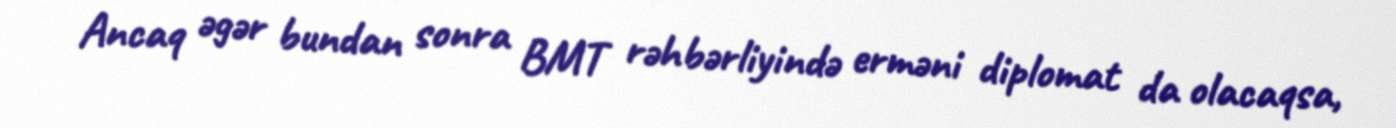
Ancaq əgər bundan sonra BMT rəhbərliyində erməni diplomat da olacaqsa,